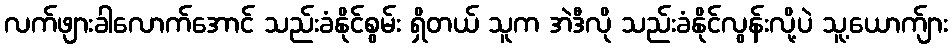
လက်ဖျားခါလောက်အောင် သည်းခံနိုင်စွမ်း ရှိတယ် သူက အဲဒီလို သည်းခံနိုင်လွန်းလို့ပဲ သူ့ယောက်ျား